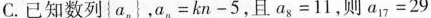
C.已知数列\left{a_{n} \right}，$$a _ { n } = k n - 5$$，且$$a _ { 8 } = 1 1$$，则$$a _ { 1 7 } = 2 9$$